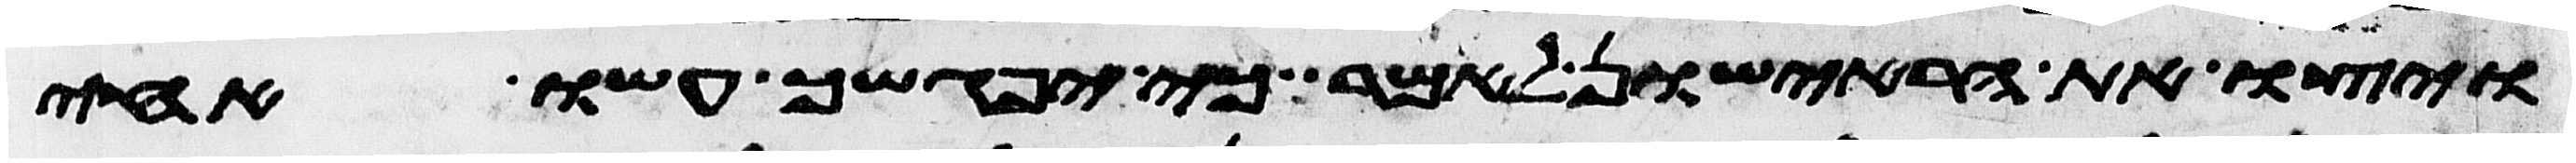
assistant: ויצו את הראישון לאמר כי יפגשך עשו אחי